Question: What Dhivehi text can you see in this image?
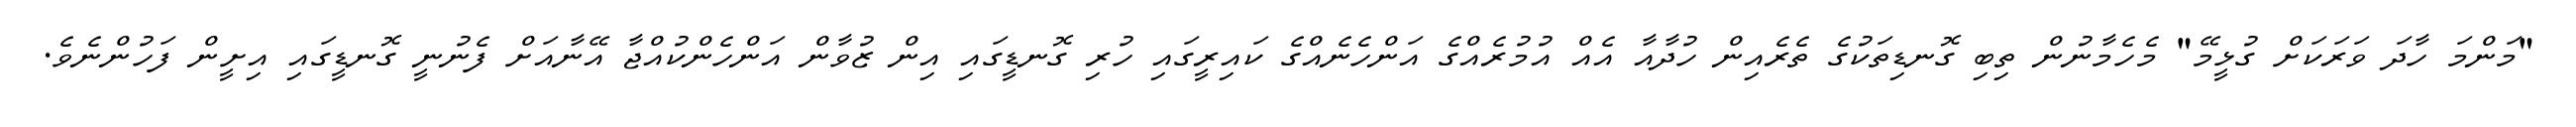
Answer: "މަންމަ ހާދަ ވަރަކަށް ގުޅީމޭ" މެހެމާނުން ތިބި ގޮނޑިތަކުގެ ތެރެއިން ހުދާއާ އެއް އުމުރެއްގެ އަންހެނެއްގެ ކައިރީގައި ހުރި ގޮނޑީގައި އިން ޒުވާން އަންހެންކުއްޖާ އޭނާއަށް ފެނުނީ ގޮނޑީގައި އިށީން ފަހުންނެވެ.